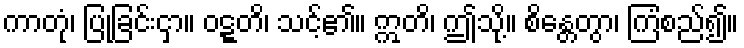
ကာတုံ၊ ပြုခြင်းငှာ။ ဝဋ္ဋတိ၊ သင့်၏။ ဣတိ၊ ဤသို့။ စိန္တေတွာ၊ ကြံစည်၍။